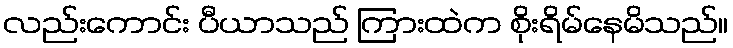
လည်းကောင်း ပီယာသည် ကြားထဲက စိုးရိမ်နေမိသည်။